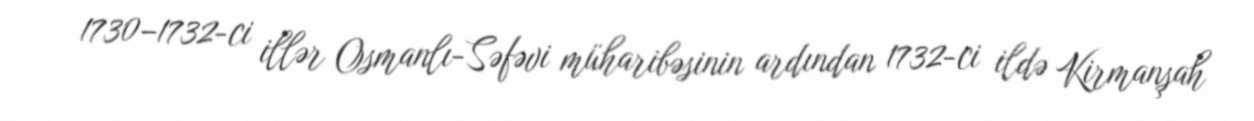
1730–1732-ci illər Osmanlı-Səfəvi müharibəsinin ardından 1732-ci ildə Kirmanşah